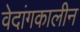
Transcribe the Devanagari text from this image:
वेदांगकालीन